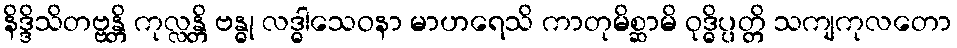
နိဒ္ဒိသိတဗ္ဗန္တိ ကုလ္လန္တိ ဗန္ဓု လဒ္ဓါသေဝနာ မာဟရေသိ ကာတုမိစ္ဆာမိ ဝုဒ္ဓိပ္ပတ္တိ သကျကုလတော